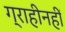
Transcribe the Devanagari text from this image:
ग्राहीनहीं